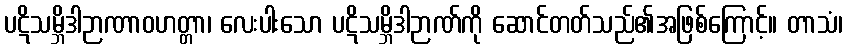
ပဋိသမ္ဘိဒါဉာဏာဝဟတ္တာ၊ လေးပါးသော ပဋိသမ္ဘိဒါဉာဏ်ကို ဆောင်တတ်သည်၏အဖြစ်ကြောင့်။ တာသံ၊